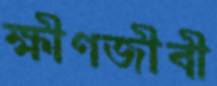
ক্ষীণজীবী